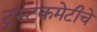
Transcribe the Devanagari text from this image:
ट्रस्टकमेटीचे